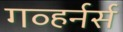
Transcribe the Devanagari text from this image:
गव्हर्नर्स